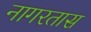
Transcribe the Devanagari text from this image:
नागरतास